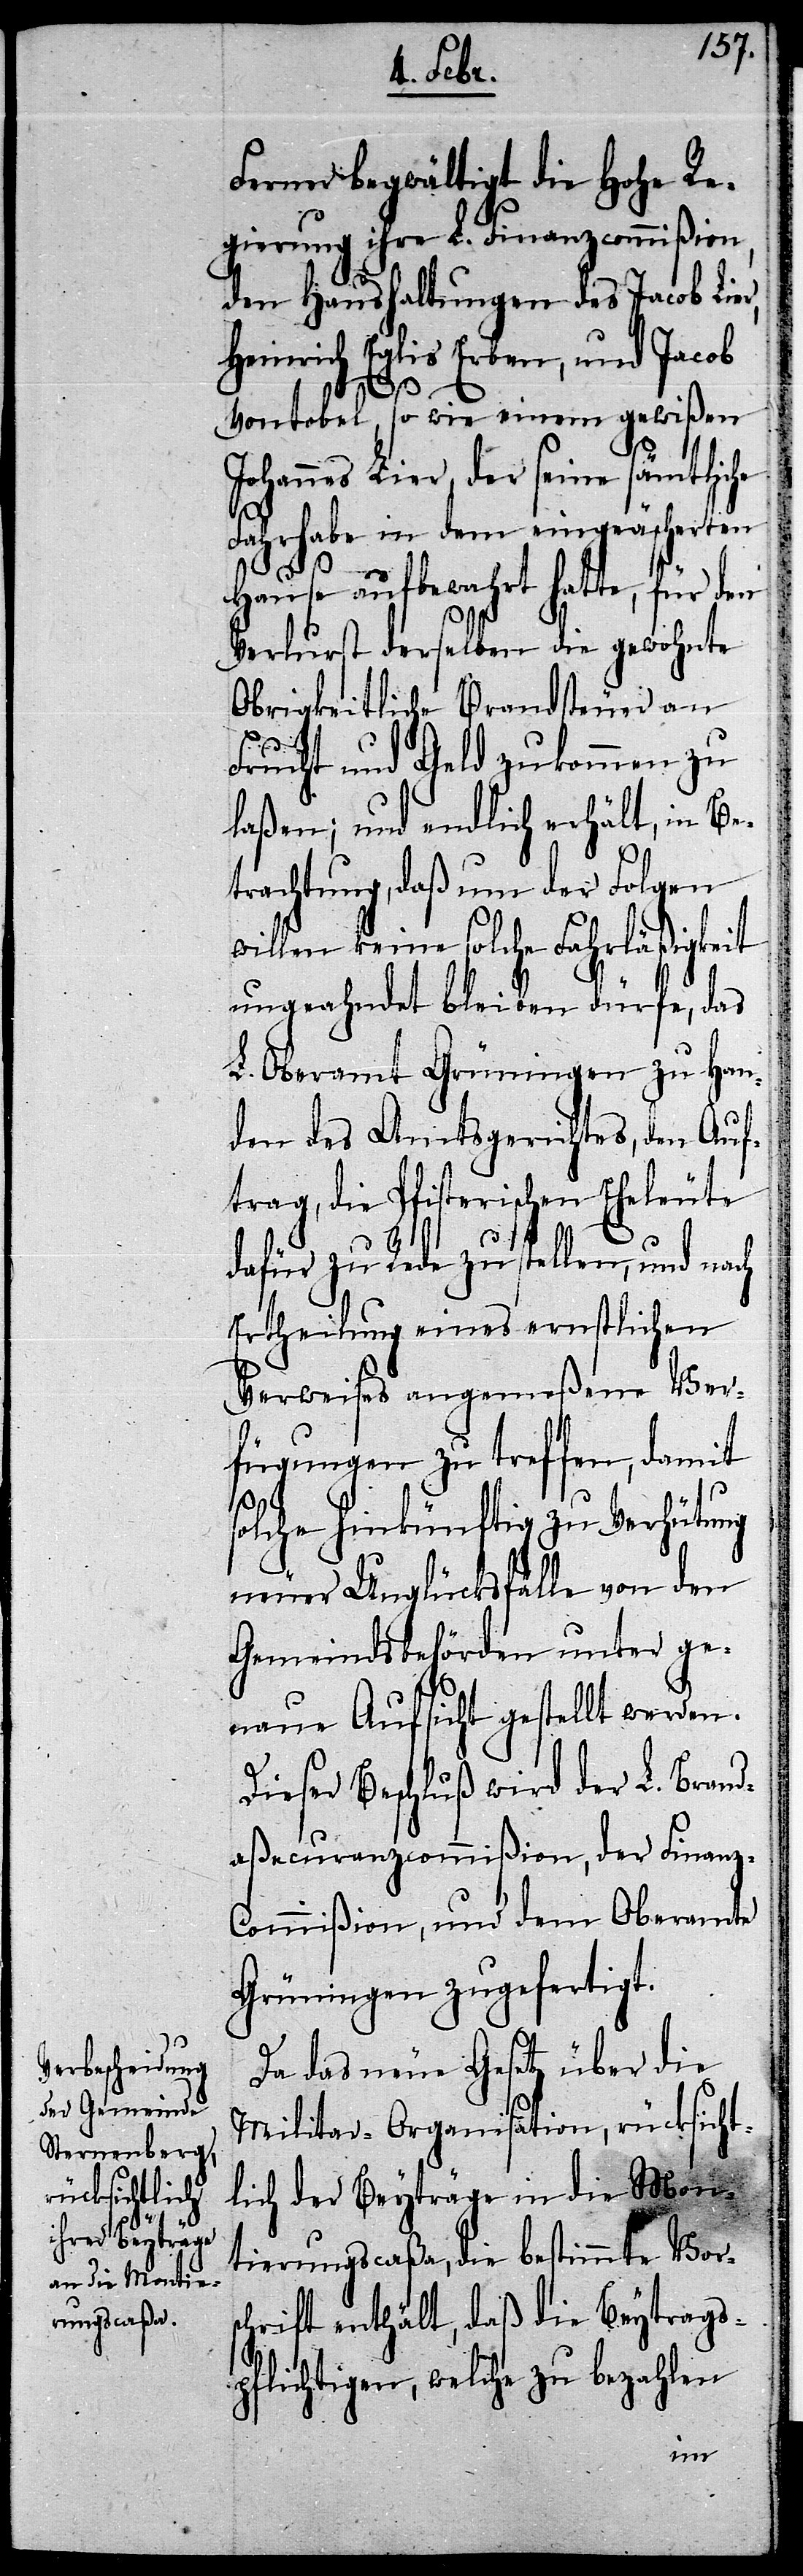
Ferner begwältigt die Hohe Re¬
gierung ihre L. Finanzcommißion,
den Haushaltungen des Jacob Lie¬
Heinrich Eglis Erben, und Jacob
r,
Vontobel, so wie einem gewißen
Johannes Lier, der seine sämtliche
Fahrhabe in dem eingeäscherten
Hause aufbewahrt hatte, für
Verlurst derselben die gewohnte
Obrigkeitliche Brandsteuer an
Frucht und Geld zukommen zu
laßen; und endlich erhält, in Be¬
trachtung, daß um der Folgen
willen keine solche Fahrläßigkeit
ungeahndet bleiben dürfe, das
L. Oberamt Grüningen zu Han¬
den des Amtsgerichtes, den Auf¬
trag, die Pfisterischen Eheleute
dafür zu Rede zu stellen, und nach
Ertheilung eines ernstlichen
Verweises angemeßene Ver¬
fügungen zu treffen, damit
solche hinkünftig zu Verhütung
neuer Unglücksfälle von den
Gemeindsbehörden unter ge¬
naue Aufsicht gestellt werden.
Dieser Beschluß wird der L. Brand¬
aßecuranzcommißion, der Finanz-C¬
ommißion, und dem Oberamte
Grüningen zugefertigt.
Da das neue Gesetz über die
Militar-Organisation, rücksicht¬
lich der Beyträge in die Mon¬
tierungscaßa, die bestimmte Vors¬
chrift enthält, daß die Beytrags¬
pflichtigen, welche zu bezahlen